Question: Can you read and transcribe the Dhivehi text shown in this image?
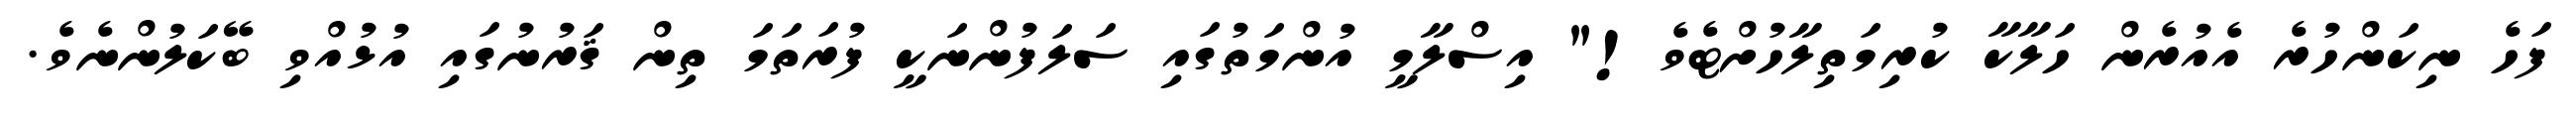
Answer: ފަހެ ނިކަންހުރެ އެއުރެން ހަލާކާ ކުރިމަތިލާހުށްޓެވެ!" އިސްލާމީ އުންމަތުގައި ސަލަފުންނަކީ ފުރަތަމަ ތިން ޤަރުނުގައި އުޅުއްވި ބޭކަލުންނެވެ.